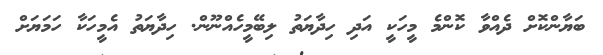
ބަޔާންކޮށް ދެއްވާ ކޮންމެ މީހަކީ އަދި ހިދާޔަތު ލިބޭމީހެއްނޫން. ހިދާޔަތު އެމީހަކާ ހަމަޔަށް